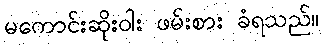
မကောင်းဆိုးဝါး ဖမ်းစား ခံရသည်။